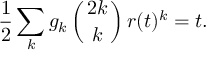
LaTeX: \frac 1 2 \sum _ { k } g _ { k } \left( { 2 k \atop k } \right) r ( t ) ^ { k } = t .